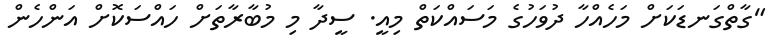
"ގާތްގަނޑަަކަށް މަހެއްހާ ދުވަހުގެ މަސައްކަތް މިއީ. ސީދާ މި މުބާރާތަށް ހައްސަކޮށް އަންހެން